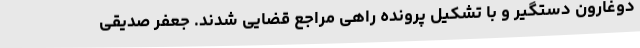
دوغارون دستگیر و با تشکیل پرونده راهی مراجع قضایی شدند. جعفر صدیقی